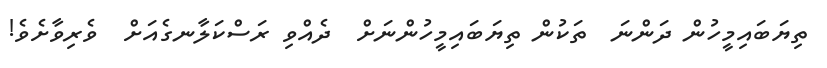
ތިޔަބައިމީހުން ދަންނަ  ތަކުން ތިޔަބައިމީހުންނަށް  ދެއްވި ރަސްކަލާނގެއަށް  ވެރިވާށެވެ!